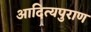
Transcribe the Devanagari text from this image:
आदित्यपुराण